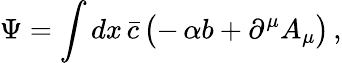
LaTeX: \Psi=\int dx\, \bar{c}\, \bigl(-\, \alpha b+\partial^{\mu}A_{\mu}\bigr)\, ,